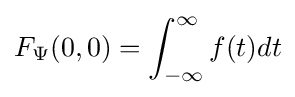
F_{\Psi }(0,0)=\int _{-\infty }^{\infty }f(t)dt